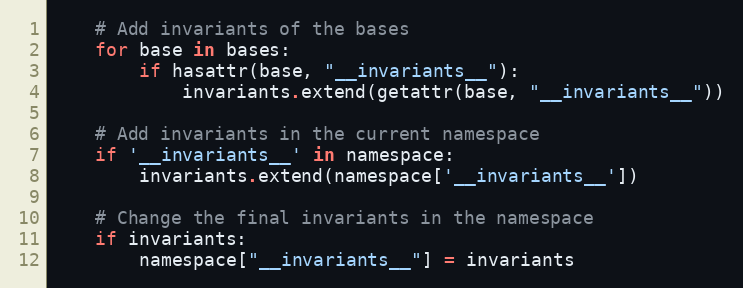
Language: Python
    # Add invariants of the bases
    for base in bases:
        if hasattr(base, "__invariants__"):
            invariants.extend(getattr(base, "__invariants__"))

    # Add invariants in the current namespace
    if '__invariants__' in namespace:
        invariants.extend(namespace['__invariants__'])

    # Change the final invariants in the namespace
    if invariants:
        namespace["__invariants__"] = invariants